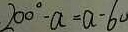
2 0 0 ^ { \circ } - a = a - 6 0